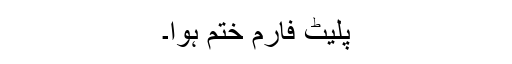
پلیٹ فارم ختم ہوا۔